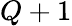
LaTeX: Q+1